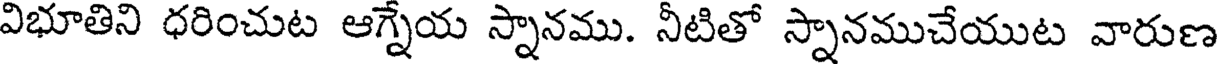
విభూతిని ధరించుట ఆగ్నేయ స్నానము. నీటితో స్నానముచేయుట వారుణ